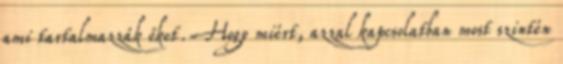
ami tartalmazzák őket. Hogy miért, azzal kapcsolatban most szintén